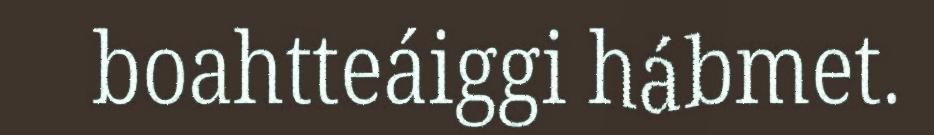
boahtteáiggi hábmet.